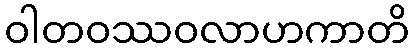
ဝါတဝဿဝလာဟကာတိ